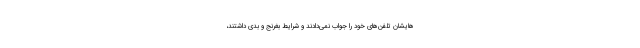
‌هایشان تلفن‌های خود را جواب نمی‌دادند و شرایط بغرنج و بدی داشتند،